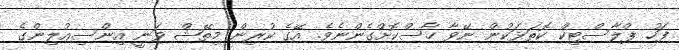
ފަހު ޕްލާސްޓިކް ކޮތަޅަކުން ނޭވާ ހާސްކޮށްގެންނެވެ. އޭގެ ކުރިން މިތޭޝް ވަނީ އިންސިއުލިންގެ